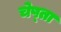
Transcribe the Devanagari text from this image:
चेष्ता